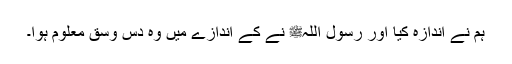
ہم نے اندازہ کیا اور رسول اللہﷺ نے کے اندازے میں وہ دس وسق معلوم ہوا۔